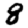
Digit: 8